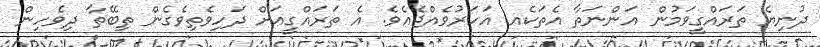
ދުނިޔެ ތަރައްގީވަމުން އަންނަތާ އެތަކެއ އަހަރުވެއްޖެއެވެ. އެ ތަރައްގީއަށް ދަހިވެތިވެގެން ތިބޭތާ ދިވެހިން